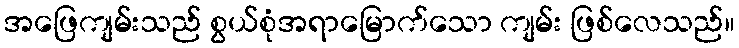
အဖြေကျမ်းသည် စွယ်စုံအရာမြောက်သော ကျမ်း ဖြစ်လေသည်။